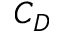
C _ { D }